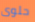
حلوى